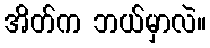
အိတ်က ဘယ်မှာလဲ။